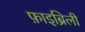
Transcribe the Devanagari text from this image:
फ़ाइब्रिली